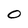
Character: O